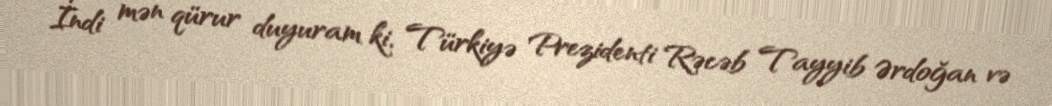
İndi mən qürur duyuram ki, Türkiyə Prezidenti Rəcəb Tayyib Ərdoğan və